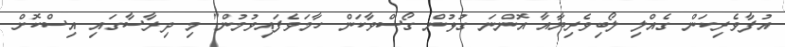
އުފާވެރިކަން ގެއްލި ލޯބިވެރިޔާއާ އޮންނަ ގުޅުން ގޯސްވާކަން ހާމަވެފައިވުމުން" މި ދިރާސާގައި އިސްކޮށް